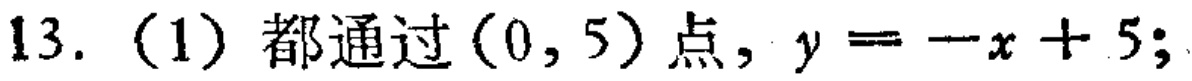
13. (1) 都通过$(0,5)$点, $y=-x + 5$;